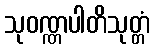
သုဝဏ္ဏပါတိသုတ္တံ